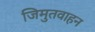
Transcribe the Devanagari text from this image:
जिमुतवाहन